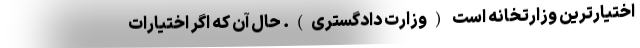
اختیارترین وزارتخانه است (وزارت دادگستری). حال آن که اگر اختیارات